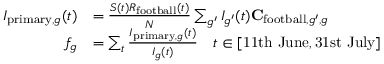
\begin{array} { r l } { I _ { \mathrm { p r i m a r y } , g } ( t ) } & { = \frac { S ( t ) R _ { \mathrm { f o o t b a l l } } ( t ) } { N } \sum _ { g ^ { \prime } } I _ { g ^ { \prime } } ( t ) \mathbf { C } _ { \mathrm { f o o t b a l l } , g ^ { \prime } , g } } \\ { f _ { g } } & { = \sum _ { t } \frac { I _ { \mathrm { p r i m a r y } , g } ( t ) } { I _ { g } ( t ) } \quad t \in [ \mathrm { 1 1 t h ~ J u n e } , \mathrm { 3 1 s t ~ J u l y } ] } \end{array}